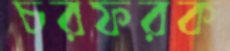
চরফরক